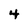
Character: 4